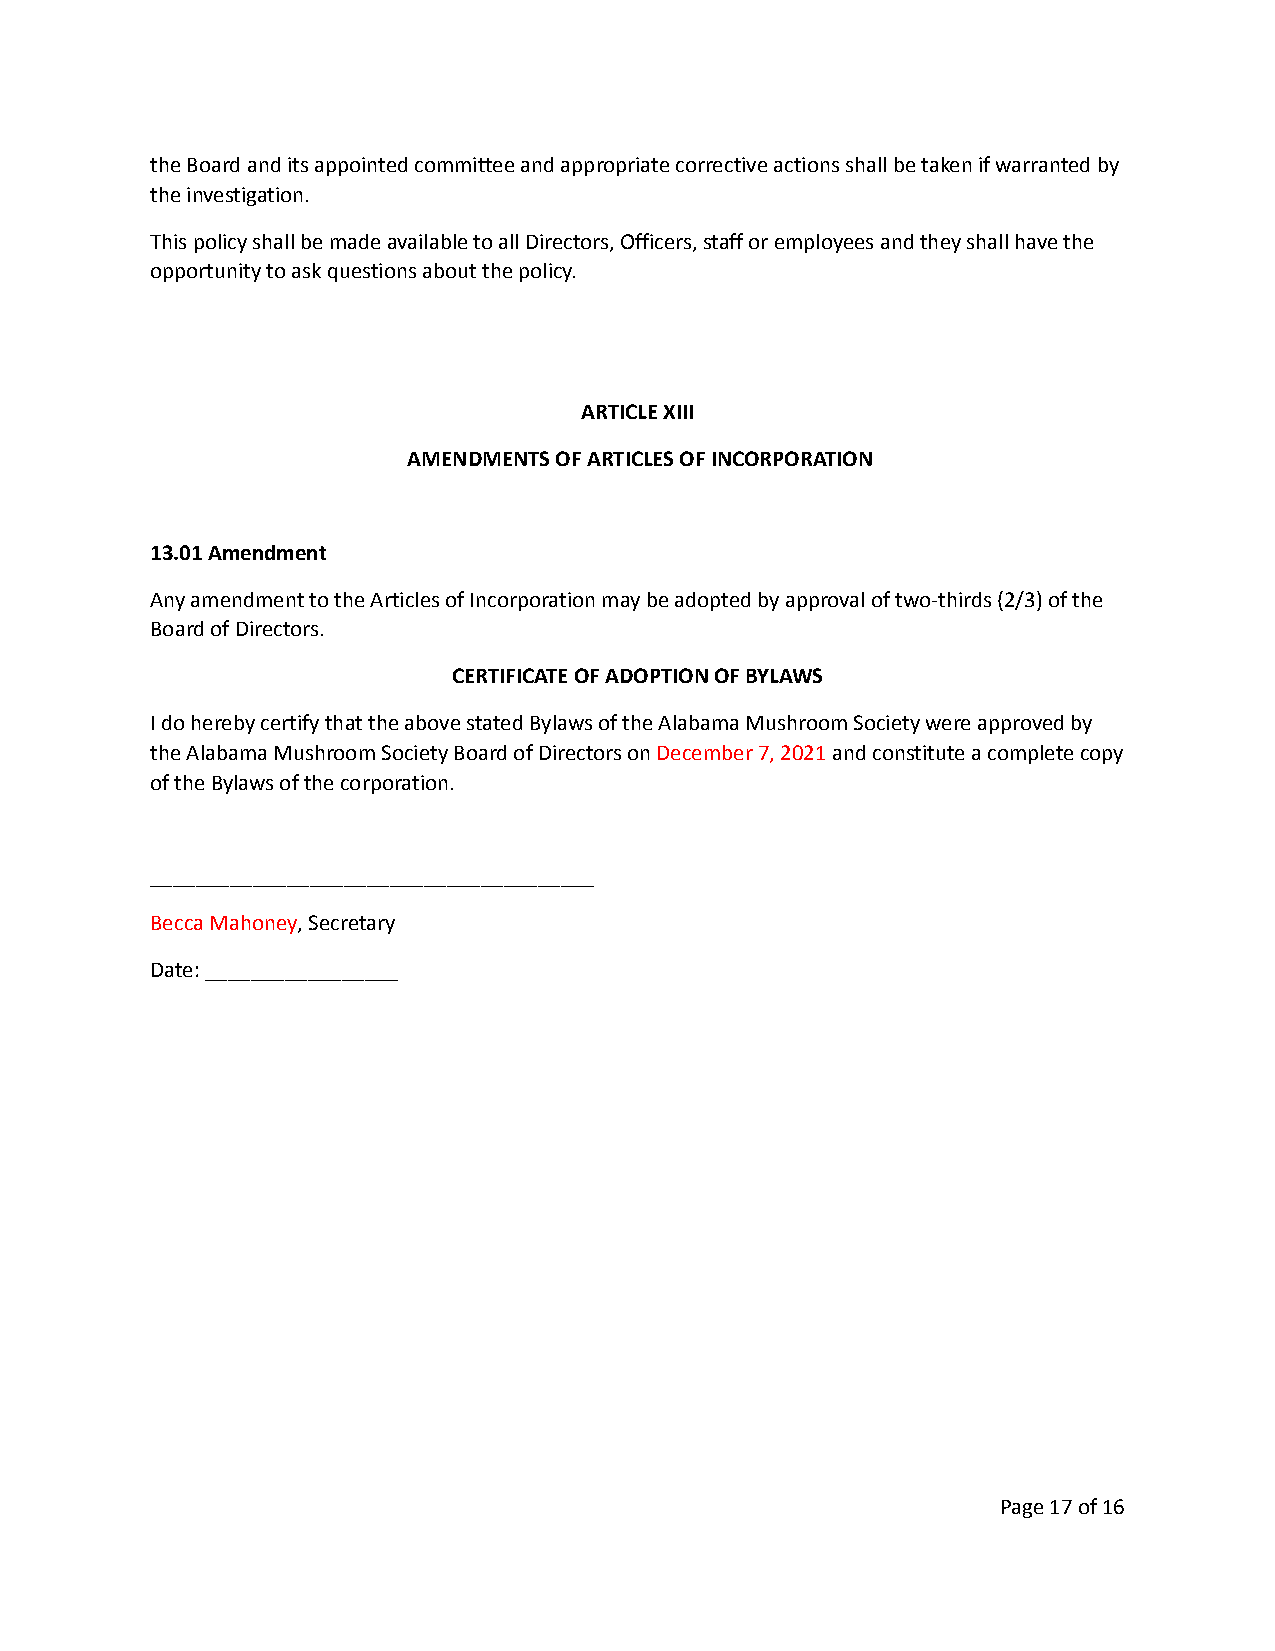
the Board and its appointed committee and appropriate corrective actions shall be taken if warranted by
 the investigation.
 This policy shall be made available to all Directors, Officers, staff or employees and they shall have the
 opportunity to ask questions about the policy.
 ARTICLE XIII
 AMENDMENTS OF ARTICLES OF INCORPORATION
 13.01 Amendment
 Any amendment to the Articles of Incorporation may be adopted by approval of two-thirds (2/3) of the
 Board of Directors.
 CERTIFICATE OF ADOPTION OF BYLAWS
 I do hereby certify that the above stated Bylaws of the Alabama Mushroom Society were approved by
 the Alabama Mushroom Society Board of Directors onDecember 7, 2021and constitute a complete copy
 of the Bylaws of the corporation.
 _______________________________________
 Becca Mahoney, Secretary
 Date: _________________
 Page17of 16